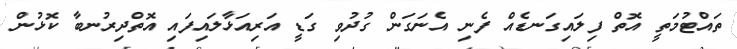
ތައްޓުމަތީ އޮތް ފިލައިގަނޑެއް ފެނި އެނަގަން ގުދުވި ގަޑީ އަރިއަޅާލައިފައި އޮތްދިރުނބާ ކޮޅުން